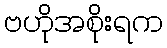
ဗဟိုအစိုးရက